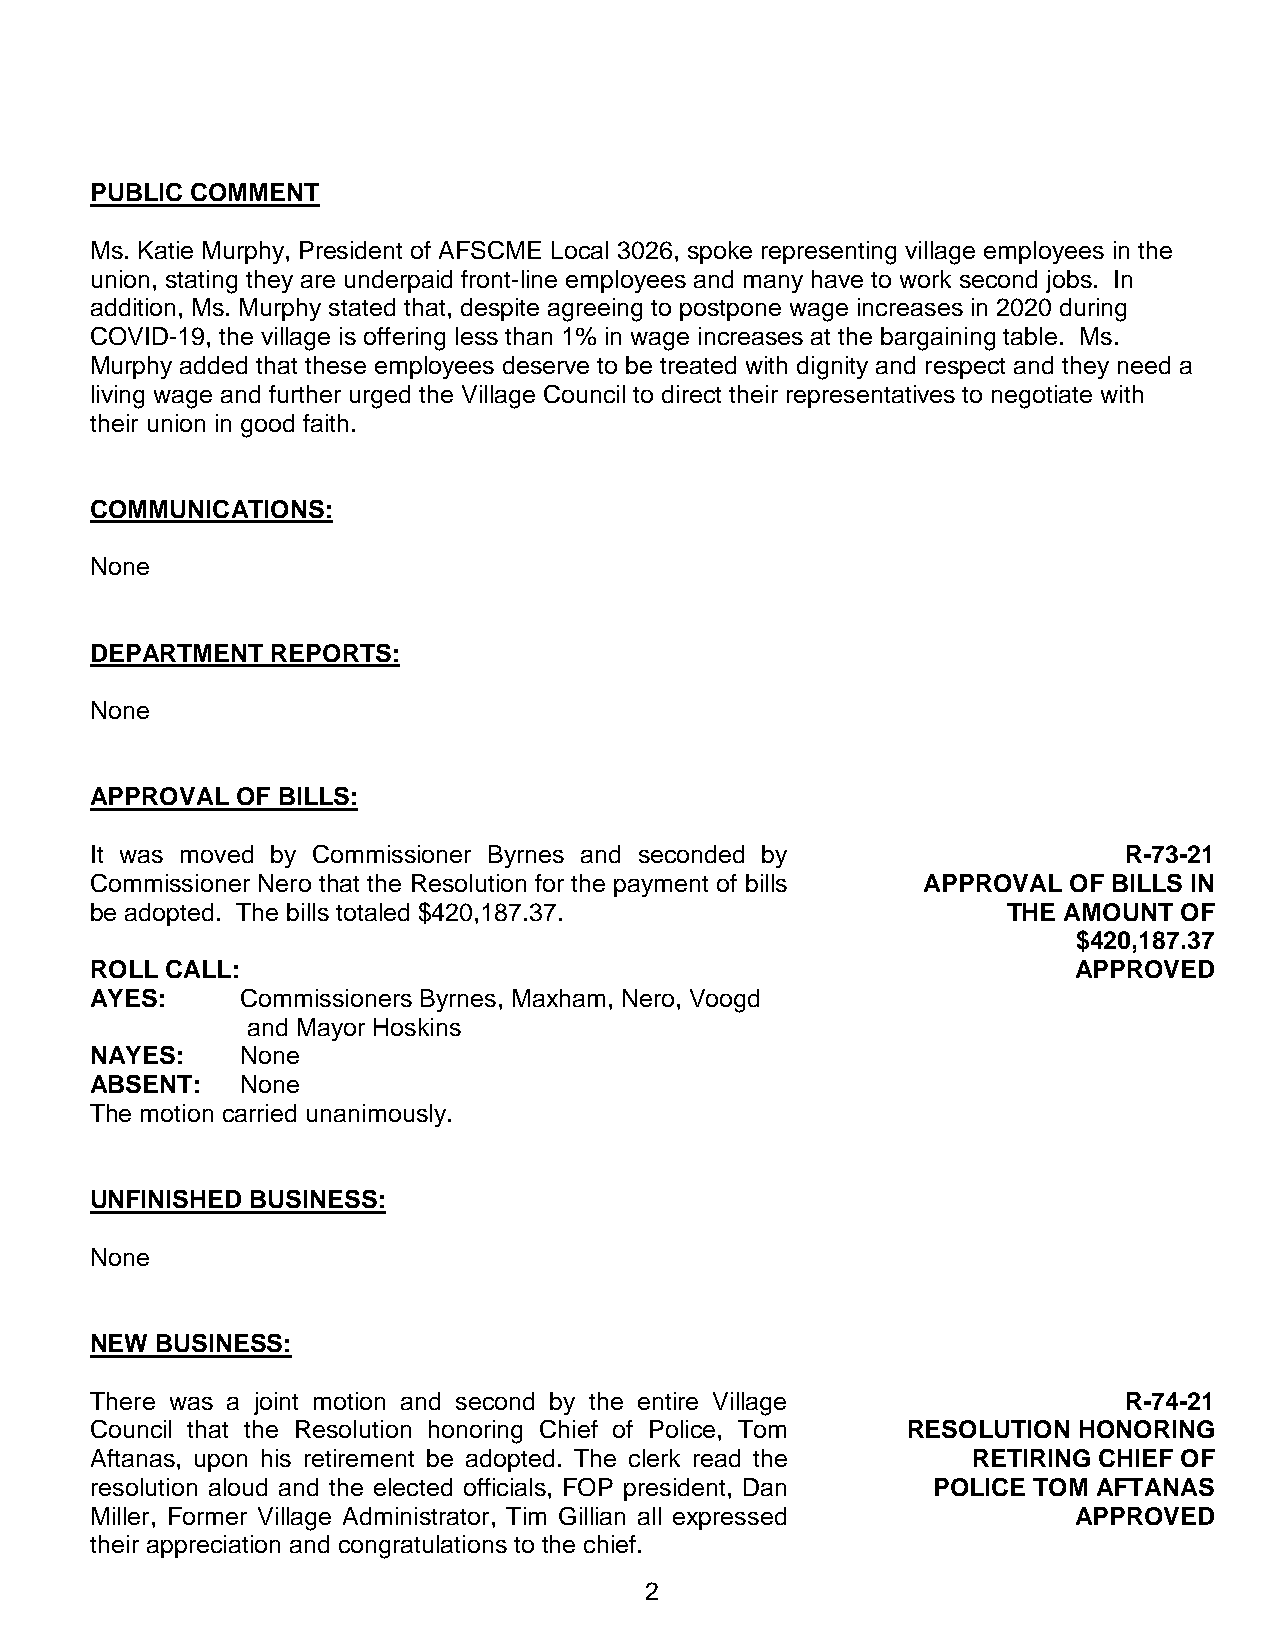
PUBLIC COMMENT
 Ms. Katie Murphy, President of AFSCME Local 3026, spoke representing village employees in the
 union, stating they are underpaid front-line employees and many have to work second jobs. In
 addition, Ms. Murphy stated that, despite agreeing to postpone wage increases in 2020 during
 COVID-19, the village is offering less than 1% in wage increases at the bargaining table. Ms.
 Murphy added that these employees deserve to be treated with dignity and respect and they need a
 living wage and further urged the Village Council to direct their representatives to negotiate with
 their union in good faith.
 COMMUNICATIONS:
 None
 DEPARTMENT  REPORTS:
 None
 APPROVAL  OF BILLS:
 It was moved by Commissioner Byrnes and seconded by                 R-73-21
 Commissioner Nero that the Resolution for the payment of bills APPROVAL OF BILLS IN
 be adopted. The bills totaled $420,187.37.                   THE AMOUNT OF
 $420,187.37
 ROLL CALL:                                                       APPROVED
 AYES:     Commissioners Byrnes, Maxham, Nero, Voogd
 and Mayor Hoskins
 NAYES:    None
 ABSENT:   None
 The motion carried unanimously.
 UNFINISHED BUSINESS:
 None
 NEW BUSINESS:
 There was a joint motion and second by the entire Village           R-74-21
 Council that the Resolution honoring Chief of Police, Tom RESOLUTION HONORING
 Aftanas, upon his retirement be adopted. The clerk read the RETIRING CHIEF OF
 resolution aloud and the elected officials, FOP president, Dan POLICE TOM AFTANAS
 Miller, Former Village Administrator, Tim Gillian all expressed  APPROVED
 their appreciation and congratulations to the chief.
 2